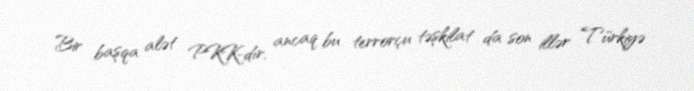
Bir başqa alət PKK-dır, ancaq bu terrorçu təşkilat da son illər Türkiyə